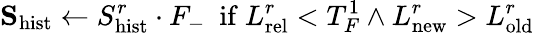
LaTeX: \mathbf{S}_{\mathrm{hist}}\leftarrow S_{\mathrm{hist}}^{r}\cdot F_{-}\ \ \mathrm{if}\ L_{\mathrm{rel}}^{r}<T_{F}^{1}\land L_{\mathrm{new}}^{r}>L_{\mathrm{old}}^{r}